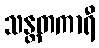
သန္တတကာရီ